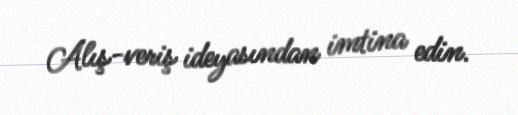
Alış-veriş ideyasından imtina edin.